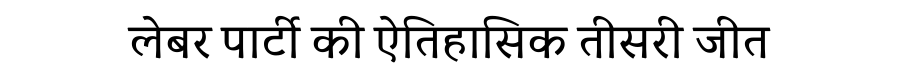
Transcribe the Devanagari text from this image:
लेबर पार्टी की ऐतिहासिक तीसरी जीत